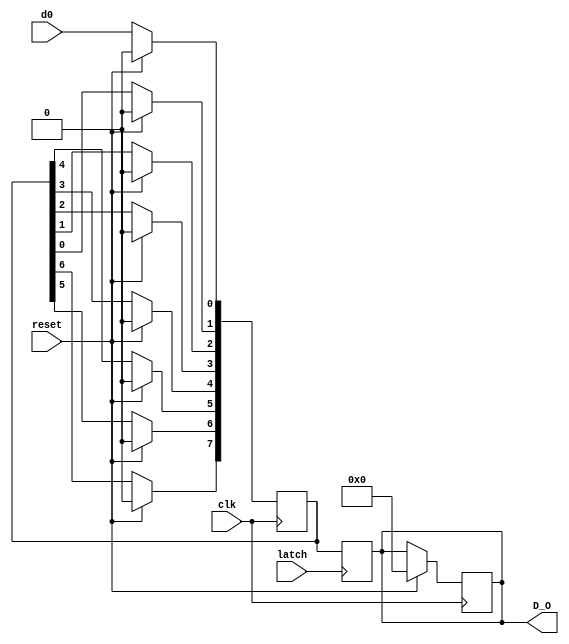
module ShiftReg(
    input clk,
	 input latch,
	 input reset,
	 input d0,
	 output reg [7:0] D_O
	 );

reg [7:0] D;
initial
	begin
	D=8'b0;
	D_O=8'b0;
	end
always @(posedge clk)
	begin
		if(reset==1)
			begin
			D <= 8'b0;
			D_O <= 8'b0;
			end
		else
			begin
						D[0]<=d0;
						D[1]<=D[0];
						D[2]<=D[1];
						D[3]<=D[2];
						D[4]<=D[3];
						D[5]<=D[4];
						D[6]<=D[5];
						D[7]<=D[6];
			end
	end
always @(posedge latch)
begin
D_O <= D ;
end


endmodule